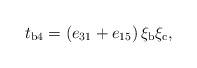
LaTeX: \begin{align*}t_{\rm{b4}} = \left(e_{31}+e_{15}\right)\xi_{\rm b}\xi_{\rm c} ,\end{align*}